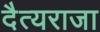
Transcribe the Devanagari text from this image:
दैत्यराजा